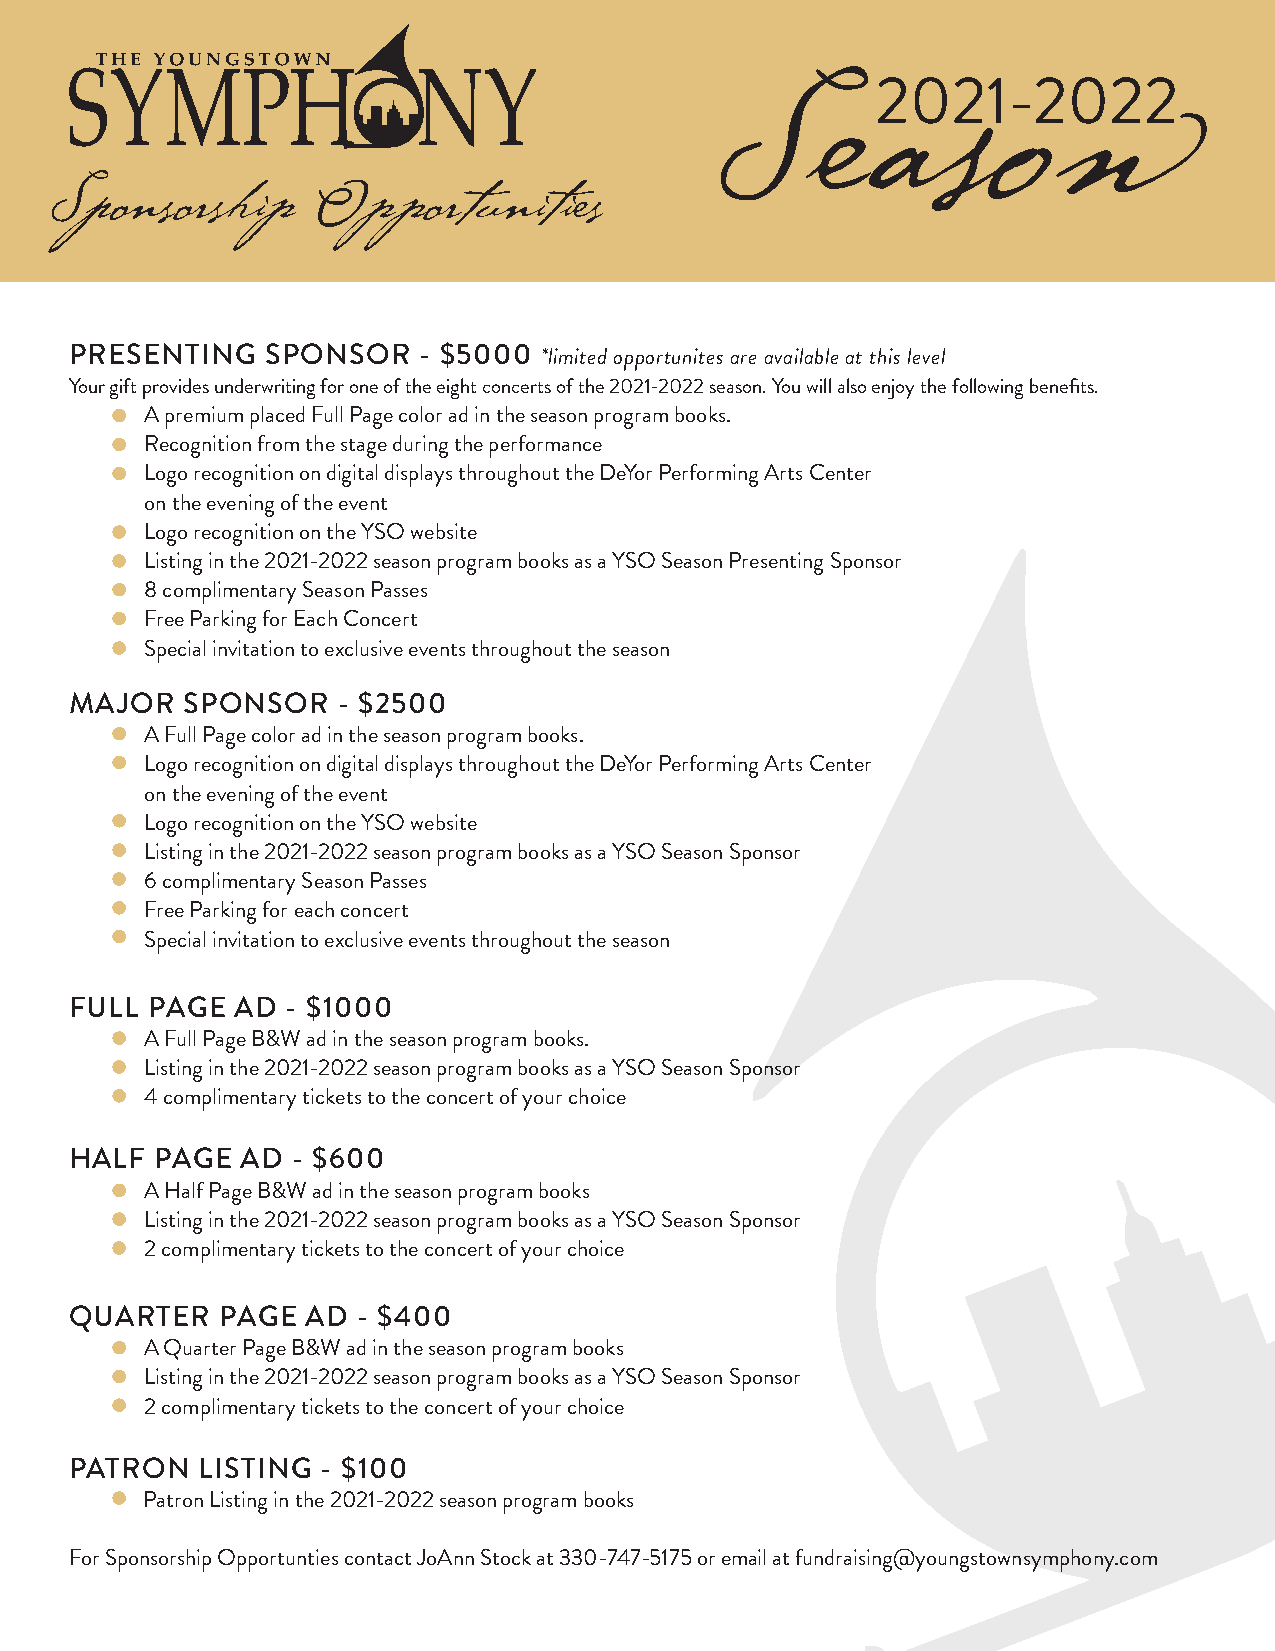
2021-2022
 Season
 Sponsorship       Opportunities
 PRESENTING   SPONSOR   - $5000 *limited opportunites are available at this level
 Your gift provides underwriting for one of the eight concerts of the 2021-2022 season. You will also enjoy the following benefits.
 A premium placed Full Page color ad in the season program books.
 Recognition from the stage during the performance
 Logo recognition on digital displays throughout the DeYor Performing Arts Center
 on the evening of the event
 Logo recognition on the YSO website
 Listing in the 2021-2022 season program books as a YSO Season Presenting Sponsor
 8 complimentary Season Passes
 Free Parking for Each Concert
 Special invitation to exclusive events throughout the season
 MAJOR  SPONSOR   - $2500
 A Full Page color ad in the season program books.
 Logo recognition on digital displays throughout the DeYor Performing Arts Center
 on the evening of the event
 Logo recognition on the YSO website
 Listing in the 2021-2022 season program books as a YSO Season Sponsor
 6 complimentary Season Passes
 Free Parking for each concert
 Special invitation to exclusive events throughout the season
 FULL PAGE  AD - $1000
 A Full Page B&W ad in the season program books.
 Listing in the 2021-2022 season program books as a YSO Season Sponsor
 4 complimentary tickets to the concert of your choice
 HALF PAGE  AD - $600
 A Half Page B&W ad in the season program books
 Listing in the 2021-2022 season program books as a YSO Season Sponsor
 2 complimentary tickets to the concert of your choice
 QUARTER   PAGE AD  - $400
 A Quarter Page B&W ad in the season program books
 Listing in the 2021-2022 season program books as a YSO Season Sponsor
 2 complimentary tickets to the concert of your choice
 PATRON  LISTING - $100
 Patron Listing in the 2021-2022 season program books
 For Sponsorship Opportunties contact JoAnn Stock at 330-747-5175 or email at fundraising@youngstownsymphony.com